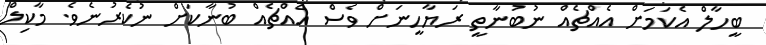
ބީހާލް އެކަމަށް އެއްޗެއް ނުބުނާތީ ރަޔާހީނަށް ވެސް އެއްޗެއް ބުނާކަށް ނުކެރުނެވެ. މާކިލް